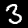
Label: 3